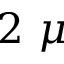
2 ~ \mu